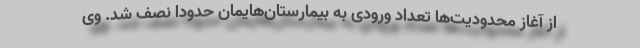
از آغاز محدودیت‌ها تعداد ورودی به بیمارستان‌هایمان حدودا نصف شد. وی